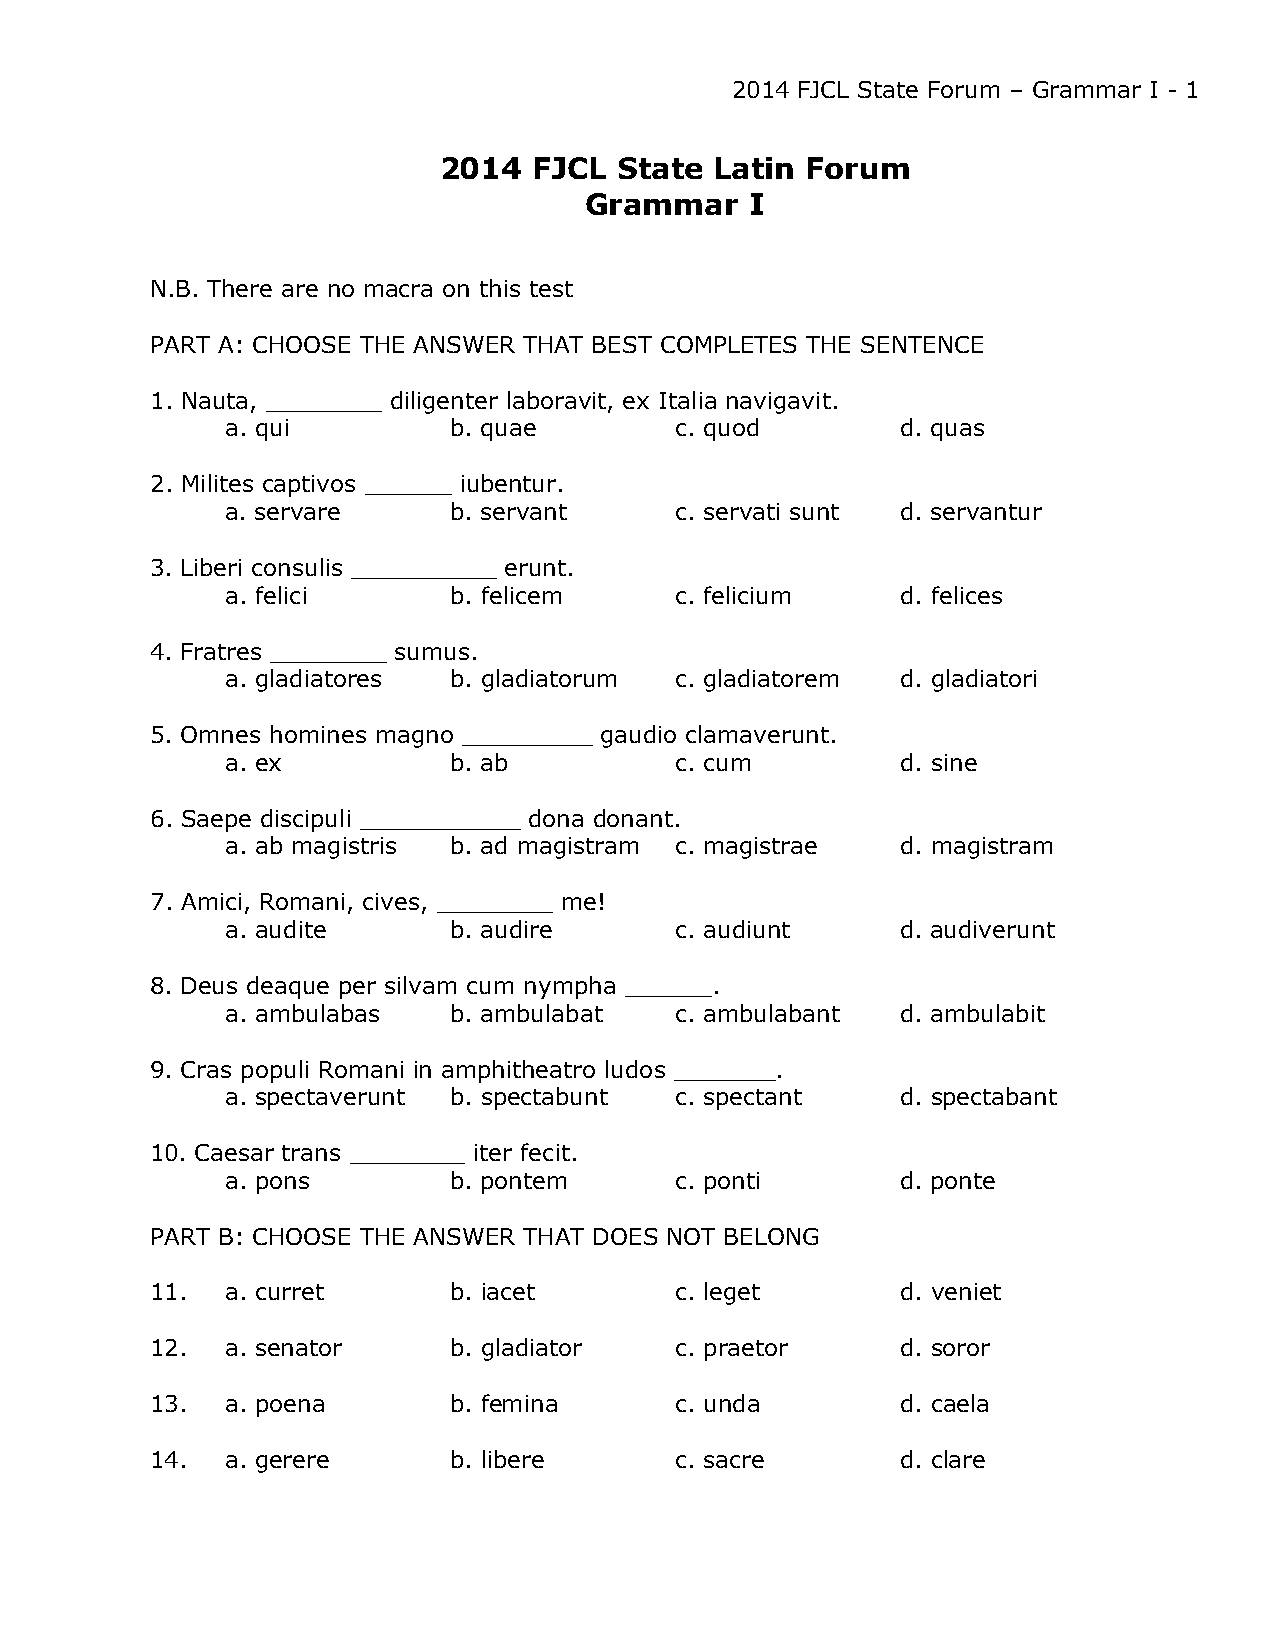
2014 FJCL State Forum – Grammar I - 1
 2014  FJCL  State Latin Forum
 Grammar    I
 N.B. There are no macra on this test
 PART A: CHOOSE THE ANSWER THAT BEST COMPLETES THE SENTENCE
 1. Nauta, ________ diligenter laboravit, ex Italia navigavit.
 a. qui         b. quae        c. quod        d. quas
 2. Milites captivos ______ iubentur.
 a. servare     b. servant     c. servati sunt d. servantur
 3. Liberi consulis __________ erunt.
 a. felici      b. felicem     c. felicium    d. felices
 4. Fratres ________ sumus.
 a. gladiatores b. gladiatorum c. gladiatorem d. gladiatori
 5. Omnes homines magno _________ gaudio clamaverunt.
 a. ex          b. ab          c. cum         d. sine
 6. Saepe discipuli ___________ dona donant.
 a. ab magistris b. ad magistram c. magistrae d. magistram
 7. Amici, Romani, cives, ________ me!
 a. audite      b. audire      c. audiunt     d. audiverunt
 8. Deus deaque per silvam cum nympha ______.
 a. ambulabas   b. ambulabat   c. ambulabant  d. ambulabit
 9. Cras populi Romani in amphitheatro ludos _______.
 a. spectaverunt b. spectabunt c. spectant    d. spectabant
 10. Caesar trans ________ iter fecit.
 a. pons        b. pontem      c. ponti       d. ponte
 PART B: CHOOSE THE ANSWER THAT DOES NOT BELONG
 11.  a. curret      b. iacet       c. leget       d. veniet
 12.  a. senator     b. gladiator   c. praetor     d. soror
 13.  a. poena       b. femina      c. unda        d. caela
 14.  a. gerere      b. libere      c. sacre       d. clare